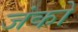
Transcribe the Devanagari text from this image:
जंको